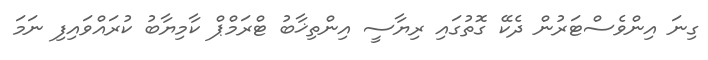
ގިނަ އިންވެސްޓަރުން ދެކޭ ގޮތުގައި ރިޔާސީ އިންތިޚާބު ޓްރަމްޕް ކާމިޔާބު ކުރައްވައިފި ނަމަ